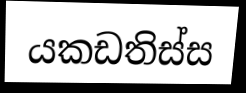
යකඩතිස්ස